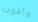
وأقوى